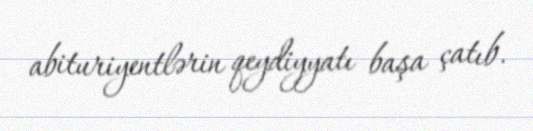
abituriyentlərin qeydiyyatı başa çatıb.